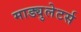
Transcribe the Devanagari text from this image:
माड्युलेटर्स